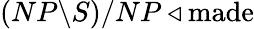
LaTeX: (NP\backslash S)/NP\triangleleft{\mathrm{made}}